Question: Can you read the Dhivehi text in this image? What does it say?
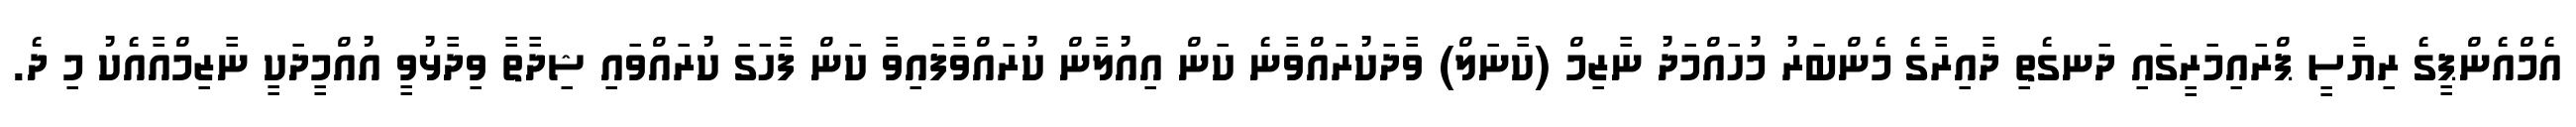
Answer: އެމްއެންޕީގެ ރިޔާސީ ޕްރައިމަރީގައި ދަނގެތި ދާއިރާގެ މެންބަރު މުހައްމަދު ނާޒިމް (ކާނަލް) ވާދަކުރައްވާނެ ކަން އިއުލާން ކުރައްވާފައިވާ ކަން ފާހަގަ ކުރައްވައި ޝިދާތާ ވިދާޅުވީ އުއްމީދަކީ ނާޒިމްއާއެކު މި ދެ.